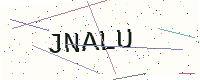
Text: JNALU